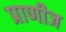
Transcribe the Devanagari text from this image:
प्राणीज